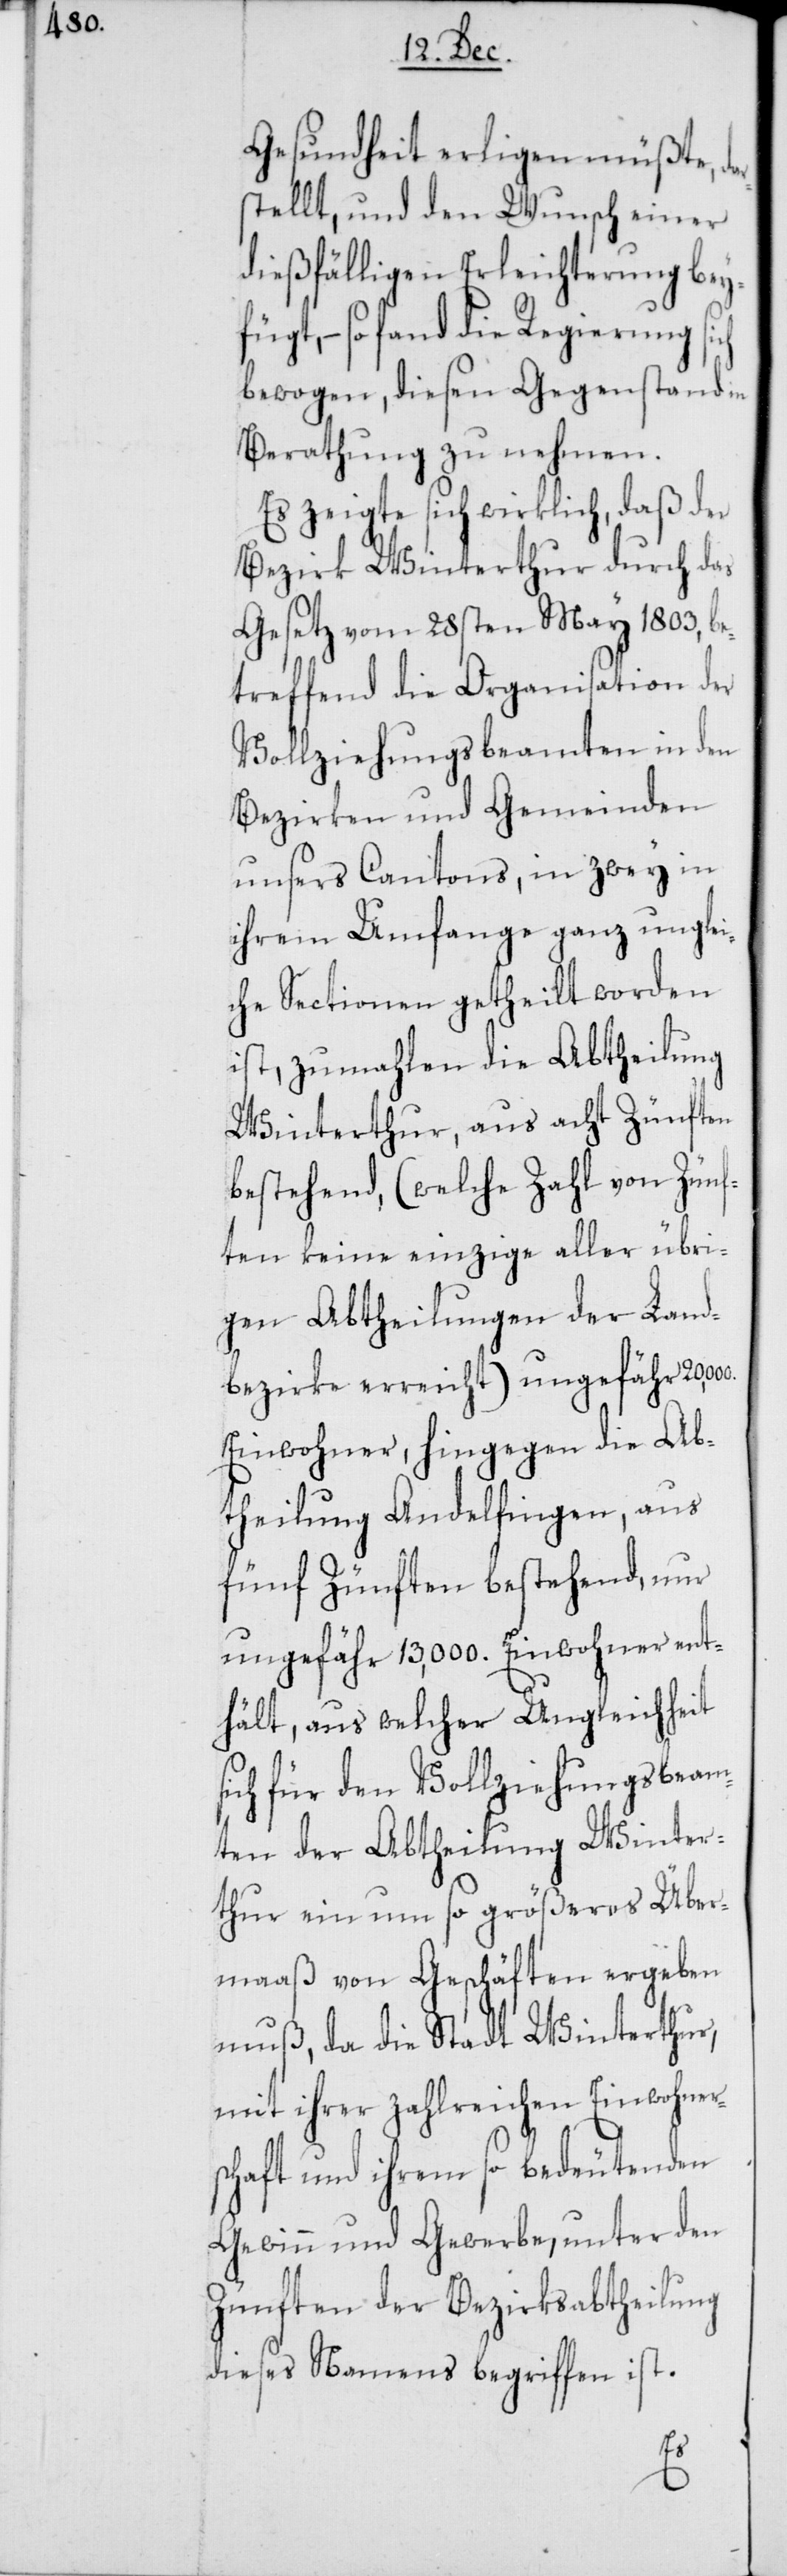
Gesundheit erligen müßte, d¬
stellt, und den Wunsch einer
dießfälligen Erleichterung bey¬
fügt, – so fand die Regierung
bewogen, diesen Gegenstand in
Berathung zu nehmen.
Es zeigte sich wirklich, daß der
Bezirk Winterthur durch das
Gesetz vom 28sten May 1803, be¬
treffend die Organisation der
Vollziehungsbeamten in den
Bezirken und Gemeinden
unsers Cantons, in zwey in
ihrem Umfange ganz unglei¬
che Sectionen getheilt worden
ist, zumahlen die Abtheilung
Winterthur, aus acht Zünften
bestehend, (welche Zahl von Zünf¬
ten keine einzige aller übri¬
gen Abtheilungen der Land¬
bezirke erreicht) ungefähr
Einwohner; hingegen die Ab¬
theilung Andelfingen, aus
fünf Zünften bestehend, nur
ungefähr 13,000. Einwohner ent¬
hält, aus welcher Ungleichheit
ich für den Vollziehungsbeam¬
ten der Abtheilung Winter¬
thur ein um so größeres Über¬
maaß von Geschäften ergeben
muß, da die Stadt Winterthur,
mit ihrer zahlreichen Einwohner¬
schaft und ihrem so bedeutenden
Gewinn und Gewerbe, unter den
Zünften der Bezirksabtheilung
dieses Namens begriffen ist.
s¬